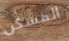
المسكن